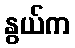
နွယ်က